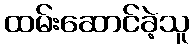
ထမ်းဆောင်ခဲ့သူ